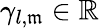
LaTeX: \gamma_{l,\mathfrak{m}}\in\mathbb{{R}}